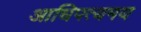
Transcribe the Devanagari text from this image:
आधिपत्यमय